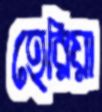
হেরিয়া